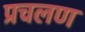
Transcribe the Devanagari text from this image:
प्रचलण